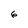
Character: 6